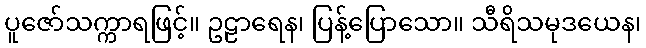
ပူဇော်သက္ကာရဖြင့်။ ဥဠာရေန၊ ပြန့်ပြောသော။ သီရိသမုဒယေန၊